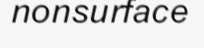
nonsurface